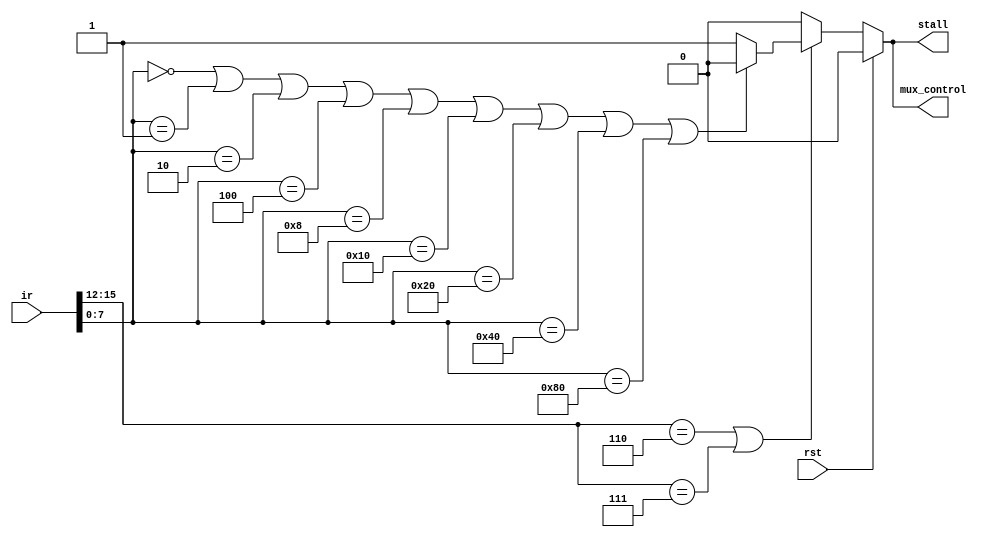
module ir_mux_stall_control(ir,rst,mux_control,stall);

input [15:0] ir;
input rst;
output reg mux_control,stall;

always @(ir)
begin

if(rst)
begin
mux_control = 0;
stall = 0;

end

else if( (ir[15:12] == 4'b0110) || (ir[15:12] == 4'b0111) )
begin

if( (ir[7:0] == 0) ||(ir[7:0] == 1) || (ir[7:0] == 2) || (ir[7:0] == 4) || (ir[7:0] == 8) || (ir[7:0] == 16) || (ir[7:0] == 32) || (ir[7:0] == 64) || (ir[7:0] == 128) )
begin
mux_control = 0;
stall = 0;

end

else
begin
mux_control = 1;
stall = 1;

end

end

else
begin
mux_control = 0;
stall = 0;

end

end

endmodule